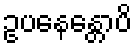
ဥပနေန္တောပိ